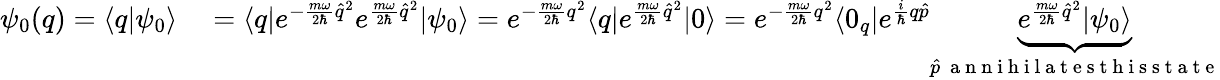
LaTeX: \begin{array}{rl}{\psi_{0}(q)=\langle q|\psi_{0}\rangle}&{{}=\langle q|e^{-\frac{m\omega}{2\hbar}\hat{q}^{2}}e^{\frac{m\omega}{2\hbar}\hat{q}^{2}}|\psi_{0}\rangle=e^{-\frac{m\omega}{2\hbar}q^{2}}\langle q|e^{\frac{m\omega}{2\hbar}\hat{q}^{2}}|0\rangle=e^{-\frac{m\omega}{2\hbar}q^{2}}\langle 0_{q}|e^{\frac{i}{\hbar}q\hat{p}}\underbrace{e^{\frac{m\omega}{2\hbar}\hat{q}^{2}}|\psi_{0}\rangle}_{\hat{p}~\mathrm{~a~n~n~i~h~i~l~a~t~e~s~t~h~i~s~s~t~a~t~e~}}}\end{array}